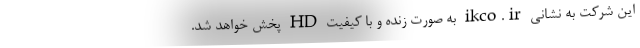
این شرکت به نشانی ikco.ir به صورت زنده و با کیفیت HD پخش خواهد شد.